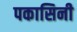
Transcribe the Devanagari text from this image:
पकासिनी